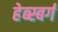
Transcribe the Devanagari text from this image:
हेब्स्बर्ग